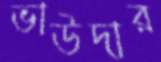
ভাউদার